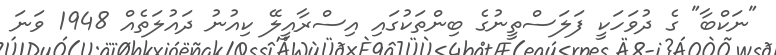
"ނަކްބާ" ގެ ދުވަހަކީ ފަލަސްތީނުގެ ބިންތަކުގައި އިސްރާއީލޭ ކިއުނު ދައުލަތެއް 1948 ވަނަ